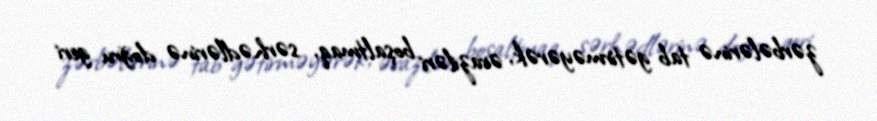
zərbələrinə tab gətirməyərək, əraziləri boşaltmaq, sərhədlərinə doğru geri